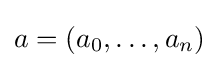
a=(a_{0},\ldots ,a_{n})